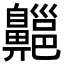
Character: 齆